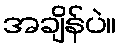
အချိန်ပဲ။